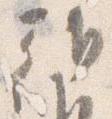
朝